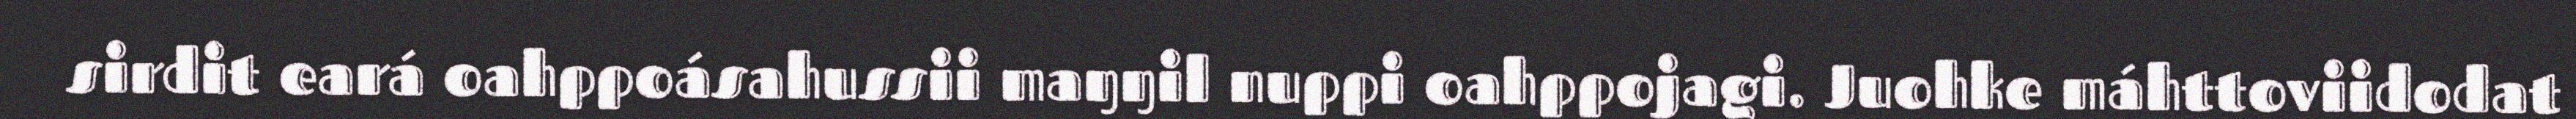
sirdit eará oahppoásahussii maŋŋil nuppi oahppojagi. Juohke máhttoviidodat